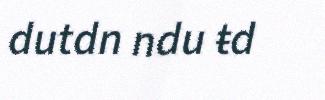
dutdn ndu ŧd